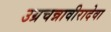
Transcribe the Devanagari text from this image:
उग्रचन्नावीरादेवा